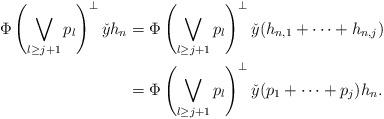
LaTeX: \begin{align*}\Phi\left(\bigvee_{l\geq j+1}p_l\right)^{\perp}\check{y}h_n &= \Phi\left(\bigvee_{l\geq j+1}p_l\right)^{\perp}\check{y}(h_{n, 1}+\cdots+h_{n, j})\\&= \Phi\left(\bigvee_{l\geq j+1}p_l\right)^{\perp}\check{y}(p_1+\cdots+p_j)h_n.\end{align*}